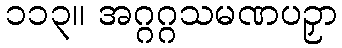
၁၁၃။ အဂ္ဂဂ္ဂသမဏပဉှာ